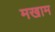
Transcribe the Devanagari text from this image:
मखाम